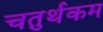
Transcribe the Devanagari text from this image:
चतुर्थकम